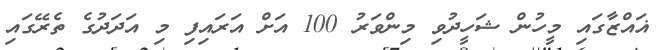
ޣައްޒާގައި މީހުން ޝަހީދުވި މިންވަރު 100 އަށް އަރައިފި މި އަދަދުގެ ތެރޭގައި